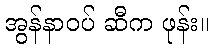
အွန်နာဝပ် ဆီက ဖုန်း။